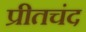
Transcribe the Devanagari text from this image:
प्रीतचंद